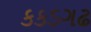
કકડગઢ